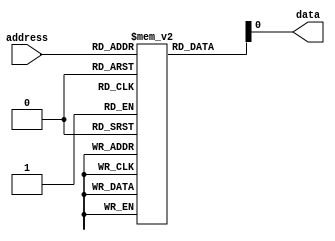
module AntiFuse_ROM(
  input wire [7:0] address,
  output reg data
);

reg [7:0] memory [0:255]; // 256 memory blocks, each containing 8 anti-fuses

always @(*)
begin
  data = memory[address];
end

endmodule